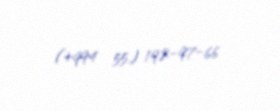
(+994 55) 192-97-66